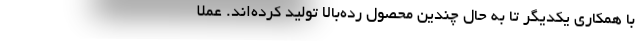
با همکاری یکدیگر تا به حال چندین محصول رده‌بالا تولید کرده‌اند. عملا